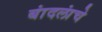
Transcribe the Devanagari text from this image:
बांदलांचे